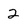
Character: 2